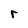
Character: r